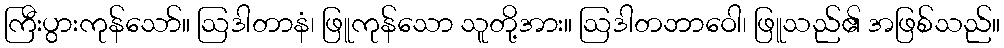
ကြီးပွားကုန်သော်။ ဩဒါတာနံ၊ ဖြူကုန်သော သူတို့အား။ ဩဒါတဘာဝေါ၊ ဖြူသည်၏ အဖြစ်သည်။